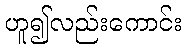
ဟူ၍လည်းကောင်း